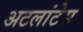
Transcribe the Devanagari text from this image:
अटलांटेस